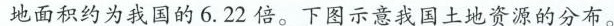
地面积约为我国的6.22倍。下图示意我国土地资源的分布。